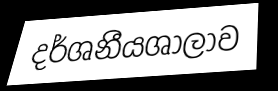
දර්ශනීයශාලාව